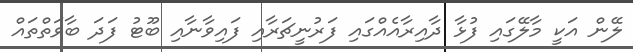
ލޭން އަކީ މާލޭގައި ފުޅާ ދާއިރާއެއްގައި ފަރުނީޗަރާއި ފައިވާނާއި ބޫޓު ފަދަ ބާވަތްތައް